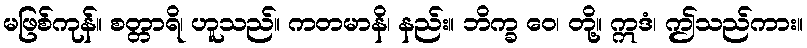
မဖြစ်ကုန်။ စတ္တာရိ၊ ဟူသည်။ ကတမာနိ၊ နည်း။ ဘိက္ခ ဝေ၊ တို့။ ဣဒံ၊ ဤသည်ကား။